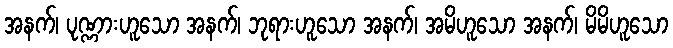
အနက်၊ ပုဏ္ဏားဟူသော အနက်၊ ဘုရားဟူသော အနက်၊ အမိဟူသော အနက်၊ မိမိဟူသော